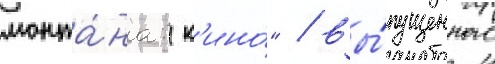
монта́на: к'ино́" / вы́пущенного